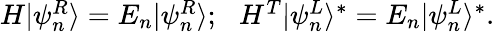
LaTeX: \begin{array}{r}{H|\psi_{n}^{R}\rangle=E_{n}|\psi_{n}^{R}\rangle;\, \, \, \, H^{T}|\psi_{n}^{L}\rangle^{\ast}=E_{n}|\psi_{n}^{L}\rangle^{\ast}.}\end{array}